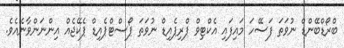
ބްރޯޑްބޭންޑް ނުވަތަ ފަސޭހަ މައިފައި އެކްޓިވް ޕްރިޕެއިޑް ނުވަތަ ޕޯސްޓްޕެއިޑް ޕެކޭޖެއް އިންނަންވާނެއެވެ.